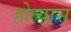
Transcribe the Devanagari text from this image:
होत्यास